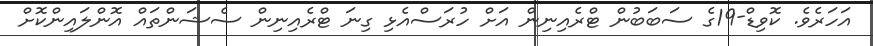
އަހަރެވެ. ކޮވިޑް-19ގެ ސަބަބުން ޓްރެއިނިން އަށް ހުރަސްއެޅި ގިނަ ޓްރެއިނިން ސެޝަންތައް އޮންލައިންކޮށް